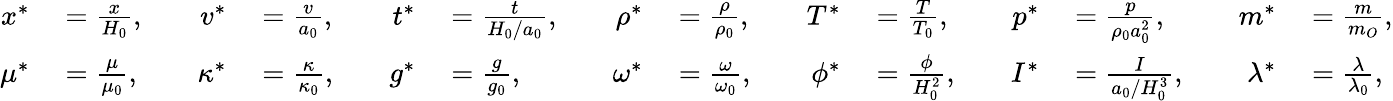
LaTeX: \begin{array}{rlrlrlrlrlrlrl}{x^{*}}&{{}=\frac{x}{H_{0}},\quad}&{v^{*}}&{{}=\frac{v}{a_{0}},\quad}&{t^{*}}&{{}=\frac{t}{H_{0}/a_{0}},\quad}&{\rho^{*}}&{{}=\frac{\rho}{\rho_{0}},\quad}&{T^{*}}&{{}=\frac{T}{T_{0}},\quad}&{p^{*}}&{{}=\frac{p}{\rho_{0}a_{0}^{2}},\quad}&{m^{*}}&{{}=\frac{m}{m_{O}},}\\ {\mu^{*}}&{{}=\frac{\mu}{\mu_{0}},\quad}&{\kappa^{*}}&{{}=\frac{\kappa}{\kappa_{0}},\quad}&{g^{*}}&{{}=\frac{g}{g_{0}},\quad}&{\omega^{*}}&{{}=\frac{\omega}{\omega_{0}},\quad}&{\phi^{*}}&{{}=\frac{\phi}{H_{0}^{2}},\quad}&{I^{*}}&{{}=\frac{I}{a_{0}/H_{0}^{3}},\quad}&{\lambda^{*}}&{{}=\frac{\lambda}{\lambda_{0}},}\end{array}